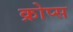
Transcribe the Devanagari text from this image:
क्रोप्स